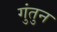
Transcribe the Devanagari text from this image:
गुंतुन